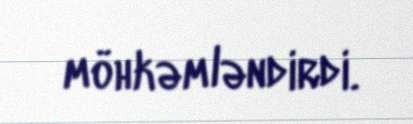
möhkəmləndirdi.